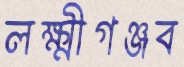
লক্ষ্মীগঞ্জব